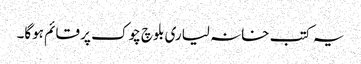
یہ کتب خانہ لیاری بلوچ چوک پر قائم ہوگا۔